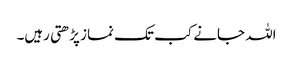
اللہ جانے کب تک نماز پڑھتی رہیں۔